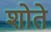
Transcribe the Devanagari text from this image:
शोते